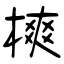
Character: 樉